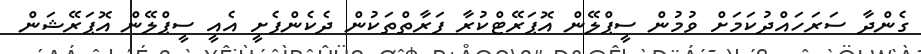
ގެންދާ ސަރަހައްދުކަމަށް ވުމުން ސީޕްލޭން އޮޕަރޭޓްކުރާ ފަރާތްތަކުން ދެކެންފެށީ އެއީ ސީޕްލޭން އޮޕަރޭޝަން